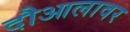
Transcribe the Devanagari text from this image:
दौआलावर